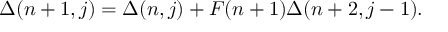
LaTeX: \Delta ( n + 1 , j ) = \Delta ( n , j ) + F ( n + 1 ) \Delta ( n + 2 , j - 1 ) .